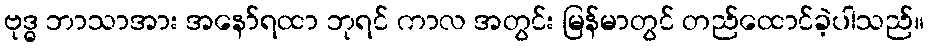
ဗုဒ္ဓ ဘာသာအား အနော်ရထာ ဘုရင် ကာလ အတွင်း မြန်မာတွင် တည်ထောင်ခဲ့ပါသည်။